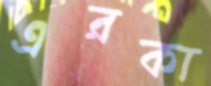
এরকা